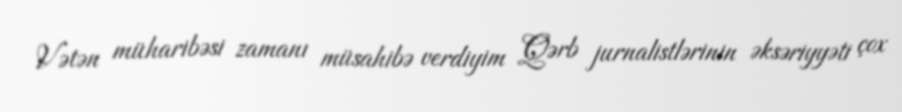
Vətən müharibəsi zamanı müsahibə verdiyim Qərb jurnalistlərinin əksəriyyəti çox